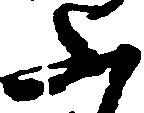
ふ